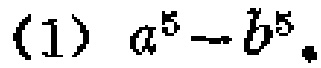
(1) \(a^{5}-b^{5}\)